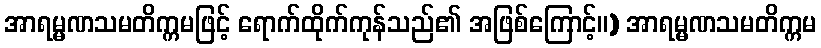
အာရမ္မဏသမတိက္ကမဖြင့် ရောက်ထိုက်ကုန်သည်၏ အဖြစ်ကြောင့်။) အာရမ္မဏသမတိက္ကမ